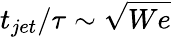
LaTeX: t_{jet}/\tau\sim\sqrt{We}